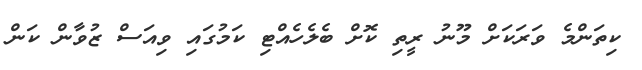
ކިތަންމެ ވަރަކަށް މޫނު ރީތި ކޮށް ބެލެހެއްޓި ކަމުގައި ވިއަސް ޒުވާން ކަން